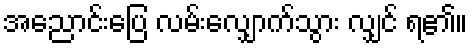
အညောင်းပြေ လမ်းလျှောက်သွား လျှင် ရ၏။